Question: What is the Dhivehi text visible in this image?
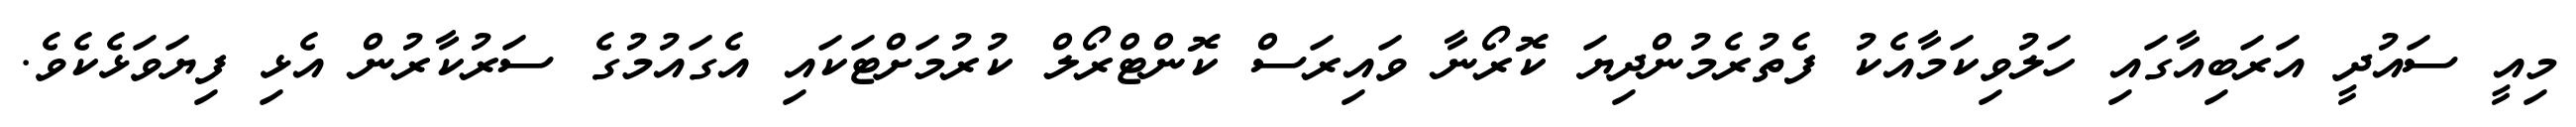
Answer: މިއީ ސައުދީ އަރަބިއާގައި ހަލުވިކަމާއެކު ފެތުރެމުންދިޔަ ކޮރޯނާ ވައިރަސް ކޮންޓްރޯލް ކުރުމަށްޓަކައި އެގައުމުގެ ސަރުކާރުން އެޅި ފިޔަވަޅެކެވެ.